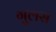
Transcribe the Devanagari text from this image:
गुलस